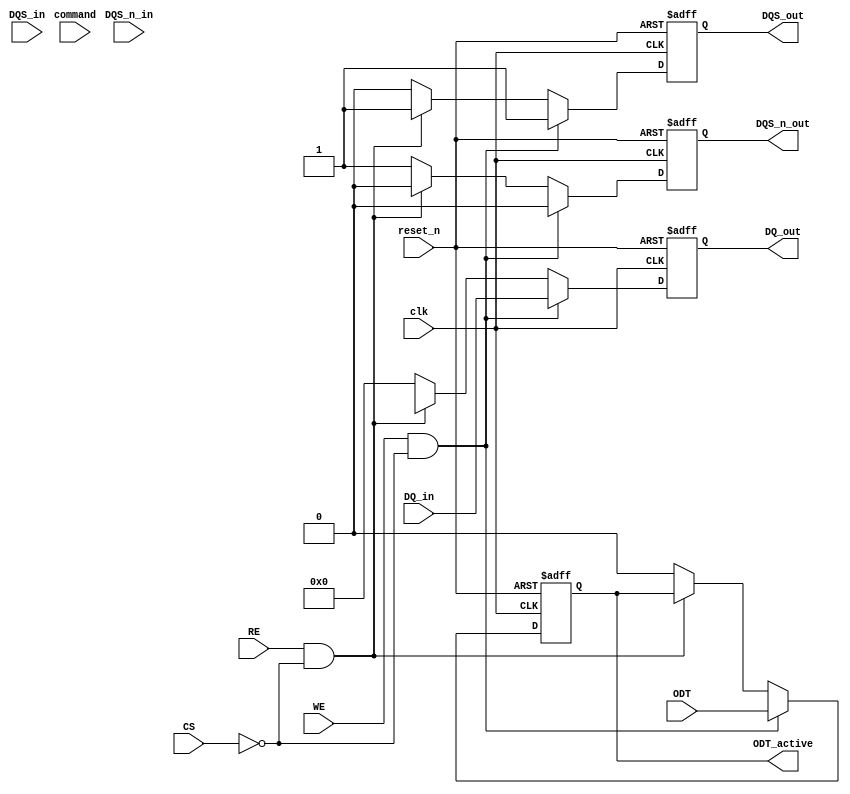
module ddr3_io_block (
    // Inputs
    input wire clk,              // System clock
    input wire reset_n,          // Active low reset
    input wire [n-1:0] DQ_in,    // Data input lines
    input wire DQS_in,           // Data strobe input
    input wire DQS_n_in,         // Inverted data strobe input
    input wire WE,               // Write enable
    input wire RE,               // Read enable
    input wire CS,               // Chip select
    input wire ODT,              // On-die termination control
    // Outputs
    output reg [n-1:0] DQ_out,   // Data output lines
    output reg DQS_out,          // Data strobe output
    output reg DQS_n_out,        // Inverted data strobe output
    output reg ODT_active,       // Termination active signal
    // Other signals
    input wire [m-1:0] command   // Command input (e.g., READ, WRITE)
);

parameter n = 8;                // Number of data lines (DQ)
parameter m = 4;                // Number of command bits

// Internal signals
reg [n-1:0] data_buffer;        // Buffer to hold data for output

// Main I/O block logic
always @(posedge clk or negedge reset_n) begin
    if (!reset_n) begin
        DQ_out <= 0;
        DQS_out <= 0;
        DQS_n_out <= 1;
        ODT_active <= 0;
    end else begin
        // Handle write operation
        if (WE && !CS) begin
            DQ_out <= DQ_in;      // Output data on DQ lines
            DQS_out <= 1;         // Set DQS high to indicate valid data
            DQS_n_out <= 0;       // Set inverted DQS low
            ODT_active <= ODT;    // Set termination active if ODT is enabled
        end
        // Handle read operation
        else if (RE && !CS) begin
            DQ_out <= data_buffer; // Read data from buffer
            DQS_out <= 1;          // Set DQS high to indicate valid data
            DQS_n_out <= 0;        // Set inverted DQS low
            // ODT active can be handled here if necessary
        end else begin
            DQ_out <= 0;           // Clear data output when not active
            DQS_out <= 0;          // Clear DQS
            DQS_n_out <= 1;        // Clear inverted DQS
            ODT_active <= 0;       // Disable termination
        end
    end
end

// Command handling (for demonstration purposes)
always @(posedge clk) begin
    case (command)
        4'b0001: begin
            // Example command handling (could be for specific operations)
        end
        // Additional command cases
        default: begin
            // Default behavior
        end
    endcase
end

endmodule